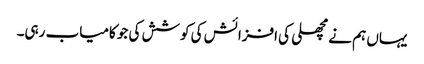
یہاں ہم نے مچھلی کی افزائش کی کوشش کی جو کامیاب رہی۔